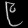
Digit: ၉